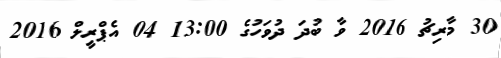
30 މާރިޗު 2016 ވާ ބުދަ ދުވަހުގެ 13:00 04 އެޕްރީލް 2016